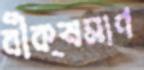
বীক্ষমাণ